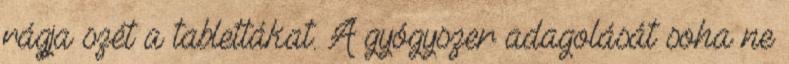
rágja szét a tablettákat. A gyógyszer adagolását soha ne